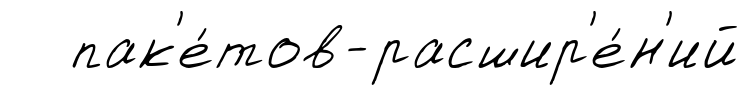
пак'е́тов-расшир'е́н'ий